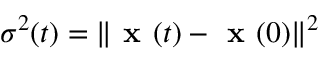
\sigma ^ { 2 } ( t ) = \lVert \textbf { x } ( t ) - \textbf { x } ( 0 ) \rVert ^ { 2 }